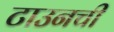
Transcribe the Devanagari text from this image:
टाउनची